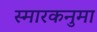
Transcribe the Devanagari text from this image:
स्मारकनुमा